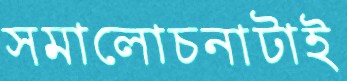
সমালোচনাটাই